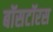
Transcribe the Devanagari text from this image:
बॉसटॉरस